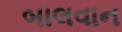
બાલવાન